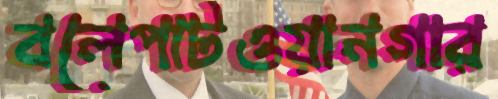
বলেপাটওয়ানগার